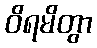
ဝိရမိတွာ